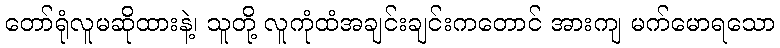
တော်ရုံလူမဆိုထားနဲ့၊ သူတို့ လူကုံထံအချင်းချင်းကတောင် အားကျ မက်မောရသော